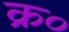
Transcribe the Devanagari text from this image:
क्र०